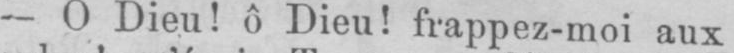
- O Dieu! ô Dieu! frappez-moi aux